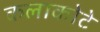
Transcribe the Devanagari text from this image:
कलाकोटे